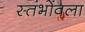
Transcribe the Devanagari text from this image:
स्तंभोंवला